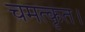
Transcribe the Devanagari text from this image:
चमत्कृत।